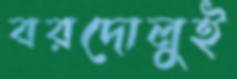
বরদোলুই